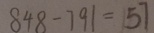
8 4 8 - 7 9 1 = 1 5 7